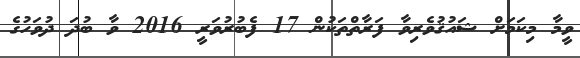
ވީމާ މިކަމަށް ޝައުޤުވެރިވާ ފަރާތްތަކުން 17 ފެބުރުވަރީ 2016 ވާ ބުދަ ދުވަހުގެ